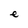
Character: e